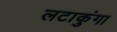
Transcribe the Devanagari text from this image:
लटाकुंगा